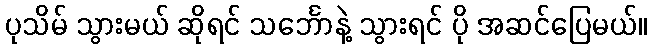
ပုသိမ် သွားမယ် ဆိုရင် သင်္ဘောနဲ့ သွားရင် ပို အဆင်ပြေမယ်။